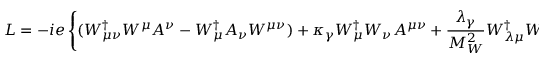
{ \cal L } = - i e \left\{ ( W _ { \mu \nu } ^ { \dagger } W ^ { \mu } A ^ { \nu } - W _ { \mu } ^ { \dagger } A _ { \nu } W ^ { \mu \nu } ) + \kappa _ { \gamma } W _ { \mu } ^ { \dagger } W _ { \nu } A ^ { \mu \nu } + { \frac { \lambda _ { \gamma } } { M _ { W } ^ { 2 } } } W _ { \lambda \mu } ^ { \dagger } W _ { \nu } ^ { \, \mu } A ^ { \nu \lambda } \right\} .